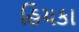
હિચકા